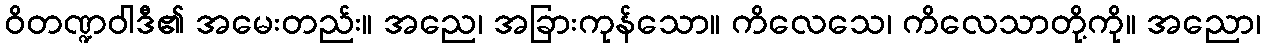
ဝိတဏ္ဍဝါဒီ၏ အမေးတည်း။ အညေ၊ အခြားကုန်သော။ ကိလေသေ၊ ကိလေသာတို့ကို။ အညော၊